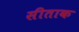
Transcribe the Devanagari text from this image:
सीताक